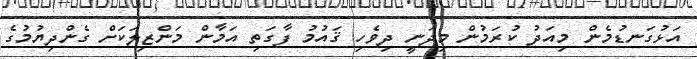
އަޅުގަނޑުމެން މިއަދު ކުރަމުން މިދަނީ ދިވެހި ޤައުމު ފާގަތި އަމާން މަންޒިލަކަށް ގެންދިޔުމުގެ